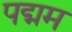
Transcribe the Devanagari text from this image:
पद्मम